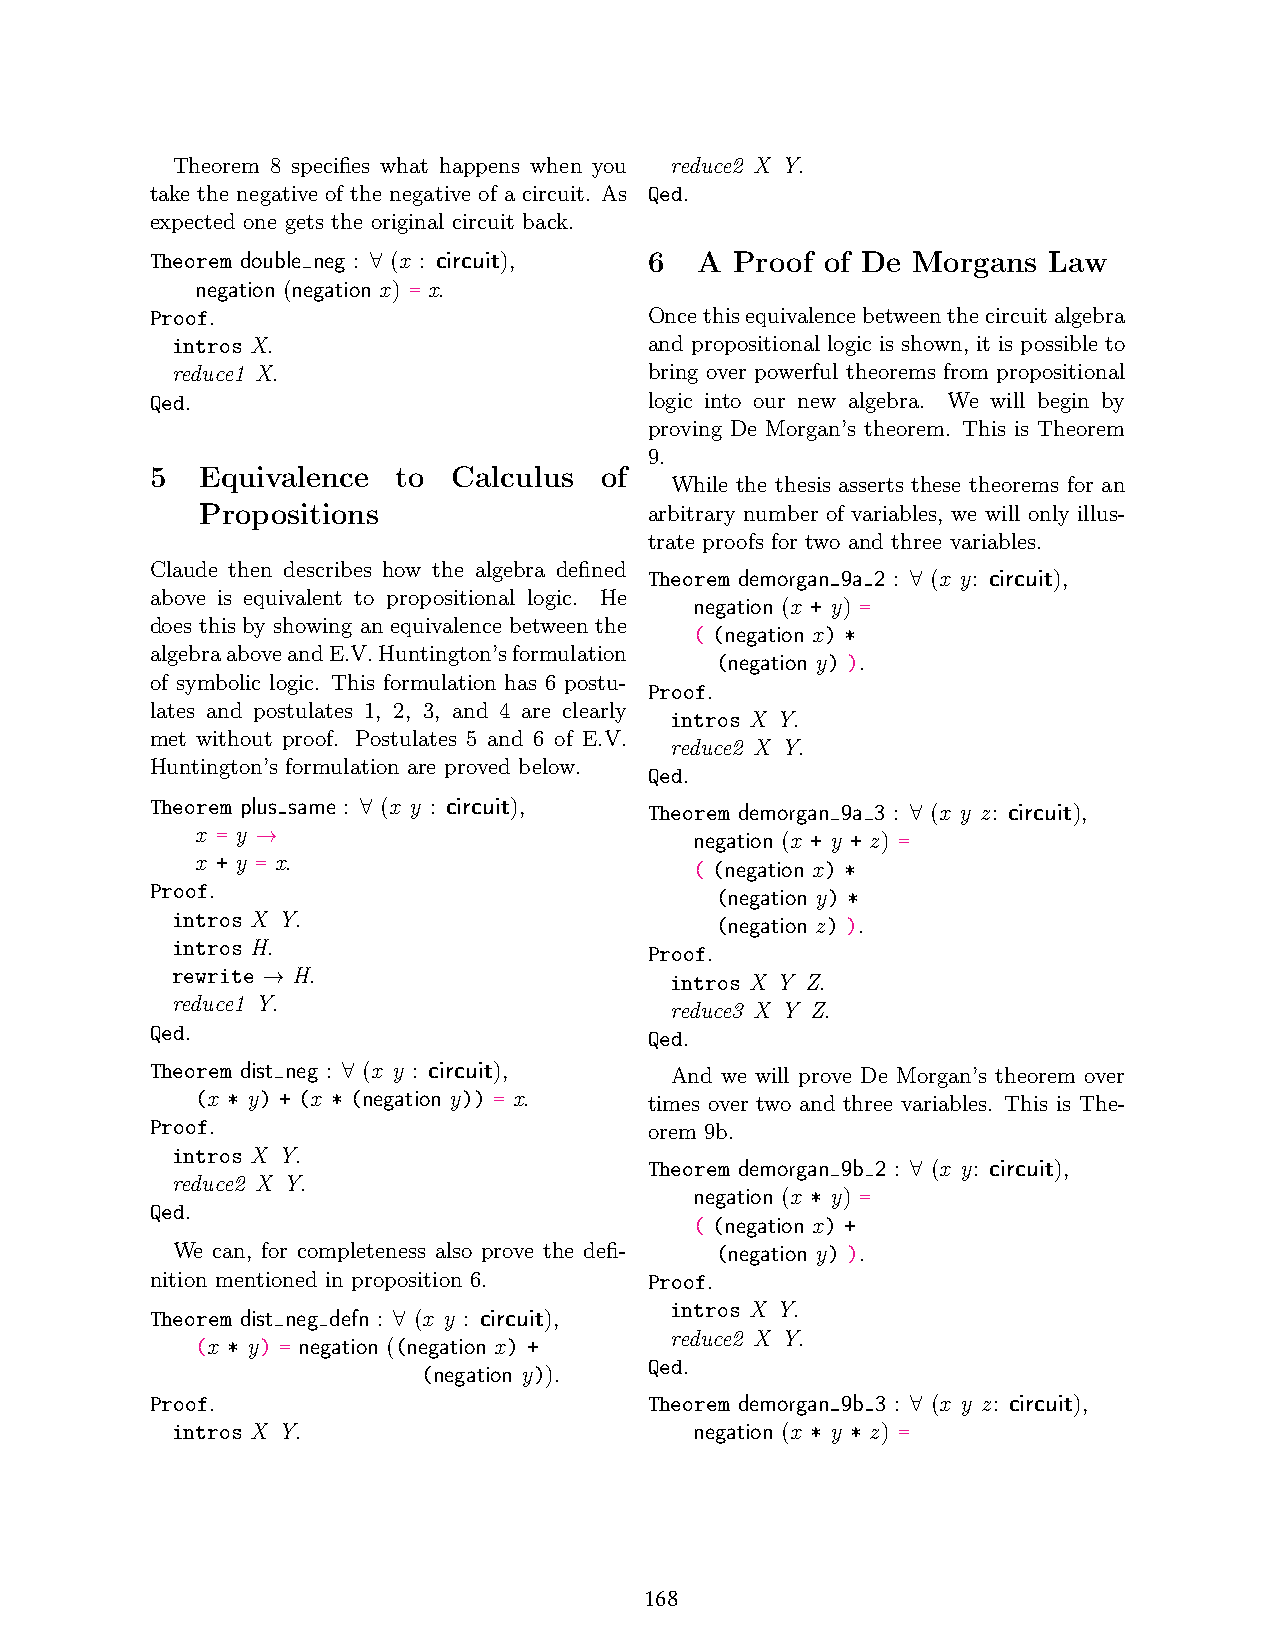
Theorem 8 specifies what happens when you reduce2 X Y.
 take the negative of the negative of a circuit. As Qed.
 expected one gets the original circuit back.
 Theorem double neg : (x : circuit), 6 A Proof of De Morgans Law
 ∀
 negation (negation x) = x.
 Proof.                           Oncethisequivalencebetweenthecircuitalgebra
 intros X.                       and propositional logic is shown, it is possible to
 reduce1 X.                      bring over powerful theorems from propositional
 Qed.                             logic into our new algebra. We will begin by
 proving De Morgan’s theorem. This is Theorem
 9.
 5  Equivalence  to  Calculus  of
 While the thesis asserts these theorems for an
 Propositions                  arbitrary number of variables, we will only illus-
 trate proofs for two and three variables.
 Claude then describes how the algebra defined Theorem demorgan 9a 2 : (x y: circuit),
 above is equivalent to propositional logic. He    ∀
 negation (x + y) =
 does this by showing an equivalence between the
 ( (negation x) *
 algebraaboveandE.V.Huntington’sformulation
 (negation y) ).
 of symbolic logic. This formulation has 6 postu-
 Proof.
 lates and postulates 1, 2, 3, and 4 are clearly
 intros X Y.
 met without proof. Postulates 5 and 6 of E.V.
 reduce2 X Y.
 Huntington’s formulation are proved below.
 Qed.
 Theorem plus same : (x y : circuit), Theorem demorgan 9a 3 : (x y z: circuit),
 ∀
 x = y                            negation (x + y + z) =∀
 →
 x + y = x.                       ( (negation x) *
 Proof.                               (negation y) *
 intros X Y.                         (negation z) ).
 intros H.
 Proof.
 rewrite H.                       intros X Y Z.
 →
 reduce1 Y.
 reduce3 X Y Z.
 Qed.
 Qed.
 Theorem dist neg : (x y : circuit), And we will prove De Morgan’s theorem over
 ∀
 (x * y) + (x * (negation y)) = x. times over two and three variables. This is The-
 Proof.                           orem 9b.
 intros X Y.
 Theorem demorgan 9b 2 : (x y: circuit),
 reduce2 X Y.                                     ∀
 negation (x * y) =
 Qed.
 ( (negation x) +
 We can, for completeness also prove the defi- (negation y) ).
 nition mentioned in proposition 6. Proof.
 Theorem dist neg defn : (x y : circuit), intros X Y.
 ∀                 reduce2 X Y.
 (x * y) = negation ((negation x) +
 Qed.
 (negation y)).
 Proof.                           Theorem demorgan 9b 3 : (x y z: circuit),
 ∀
 intros X Y.                        negation (x * y * z) =
 168